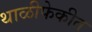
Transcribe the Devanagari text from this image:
थाळीफेकीत